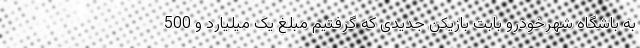
به باشگاه شهرخودرو بابت بازیکن جدیدی که گرفتیم مبلغ یک میلیارد و 500